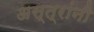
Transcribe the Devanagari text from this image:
अस्त्रांनी